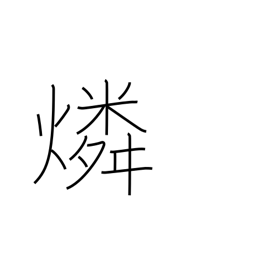
Meaning: phosphorus